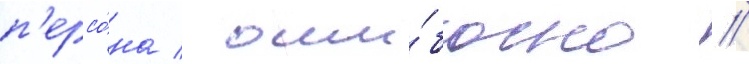
п'ерсо́на / оши́бочно //